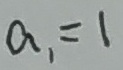
a _ { 1 } = 1